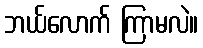
ဘယ်လောက် ကြာမလဲ။